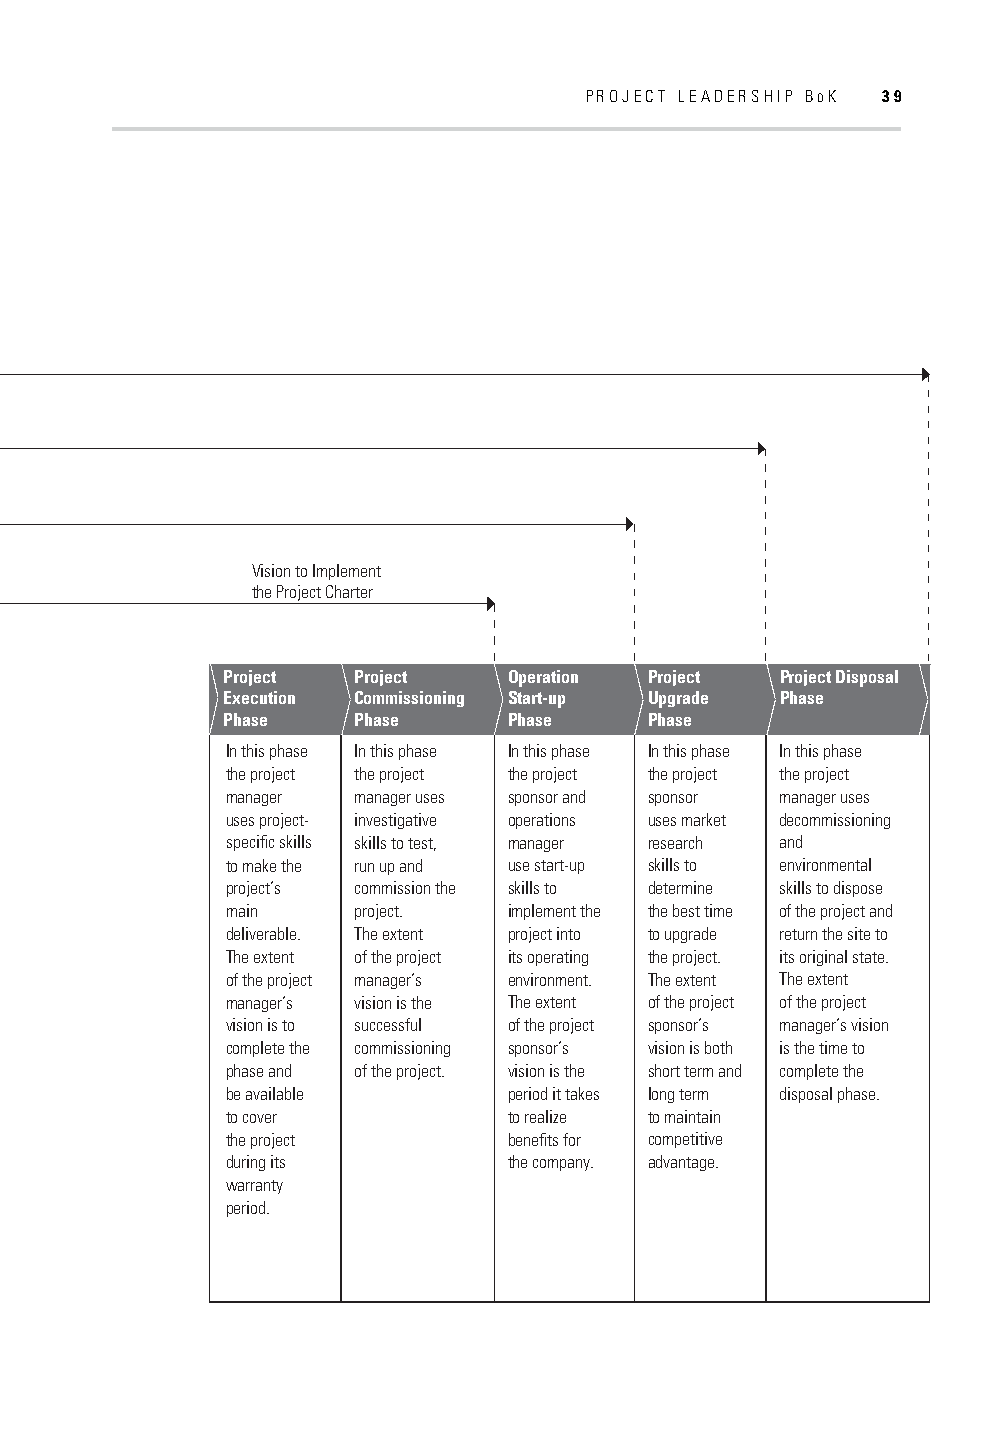
PROJECT LEADERSHIP BOK 39
 Vision to Implement
 the Project Charter
 Project Project    Operation Project Project Disposal
 Execution Commissioning Start-up Upgrade Phase
 Phase   Phase      Phase    Phase
 In this phase In this phase In this phase In this phase In this phase
 the project the project the project the project the project
 manager manager uses sponsor and sponsor manager uses
 uses project- investigative operations uses market decommissioning
 specific skills skills to test, manager research and
 to make the run up and use start-up skills to environmental
 project’s commission the skills to determine skills to dispose
 main    project.   implement the the best time of the project and
 deliverable. The extent project into to upgrade return the site to
 The extent of the project its operating the project. its original state.
 of the project manager’s environment. The extent The extent
 manager’s vision is the The extent of the project of the project
 vision is to successful of the project sponsor’s manager’s vision
 complete the commissioning sponsor’s vision is both is the time to
 phase and of the project. vision is the short term and complete the
 be available       period it takes long term disposal phase.
 to cover           to realize to maintain
 the project        benefits for competitive
 during its         the company. advantage.
 warranty
 period.